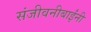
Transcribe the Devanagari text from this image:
संजीवनीबाईंनी